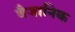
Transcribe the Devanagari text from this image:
वैजानिक